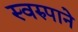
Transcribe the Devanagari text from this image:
स्वरुपाने